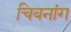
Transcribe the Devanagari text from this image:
चिबनांग